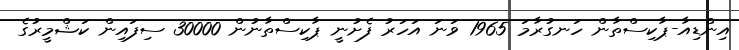
އިންޑިއާ-ޕާކިސްތާން ހަނގުރާމަ 1965 ވަނަ އަހަރު ފެށުނީ ޕާކިސްތާނުން 30000 ސިފައިން ކަޝްމީރުގެ